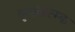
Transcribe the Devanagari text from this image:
वृतांतात्‍म्क